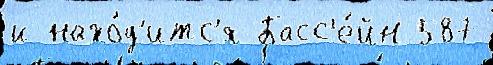
и нахо́д'итс'я Басс'е́йн 587